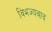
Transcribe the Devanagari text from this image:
विभज्यवाद